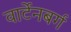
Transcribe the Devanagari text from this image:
वार्टेनबर्ग